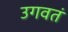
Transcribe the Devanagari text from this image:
उगवतं